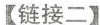
【链接二】